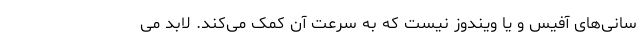
سانی­‌های آفیس و یا ویندوز نیست که به سرعت آن کمک می­کند. لابد می